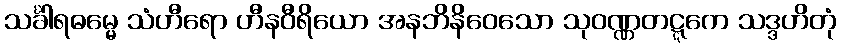
သင်္ခါရဓမ္မေ သံဟီရော ဟီနဝီရိယော အနဘိနိဝေသော သုဝဏ္ဏတဋ္ဋကေ သဒ္ဒဟိတုံ